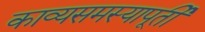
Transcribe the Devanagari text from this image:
काव्यसमस्यापूर्ती